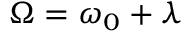
\Omega = \omega _ { 0 } + \lambda